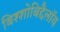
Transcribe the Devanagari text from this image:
बिश्शोबिद्दैलॉय